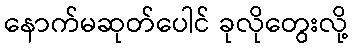
နောက်မဆုတ်ပေါင် ခုလိုတွေးလို့